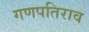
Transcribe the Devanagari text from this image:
गणपतिराव